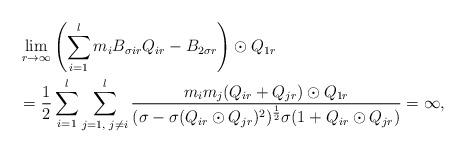
LaTeX: \begin{align*} &\lim\limits_{r\rightarrow\infty}\left(\sum\limits_{i=1}^{l}m_{i}B_{\sigma ir}Q_{ir}-B_{2\sigma r}\right)\odot Q_{1r}\\ &=\frac{1}{2}\sum\limits_{i=1}^{l}\sum\limits_{j=1,\textrm{ }j\neq i}^{l}\frac{m_{i}m_{j}(Q_{ir}+Q_{jr})\odot Q_{1r}}{(\sigma-\sigma(Q_{ir}\odot Q_{jr})^{2})^{\frac{1}{2}}\sigma(1+Q_{ir}\odot Q_{jr})}=\infty, \end{align*}